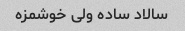
سالاد ساده ولی خوشمزه